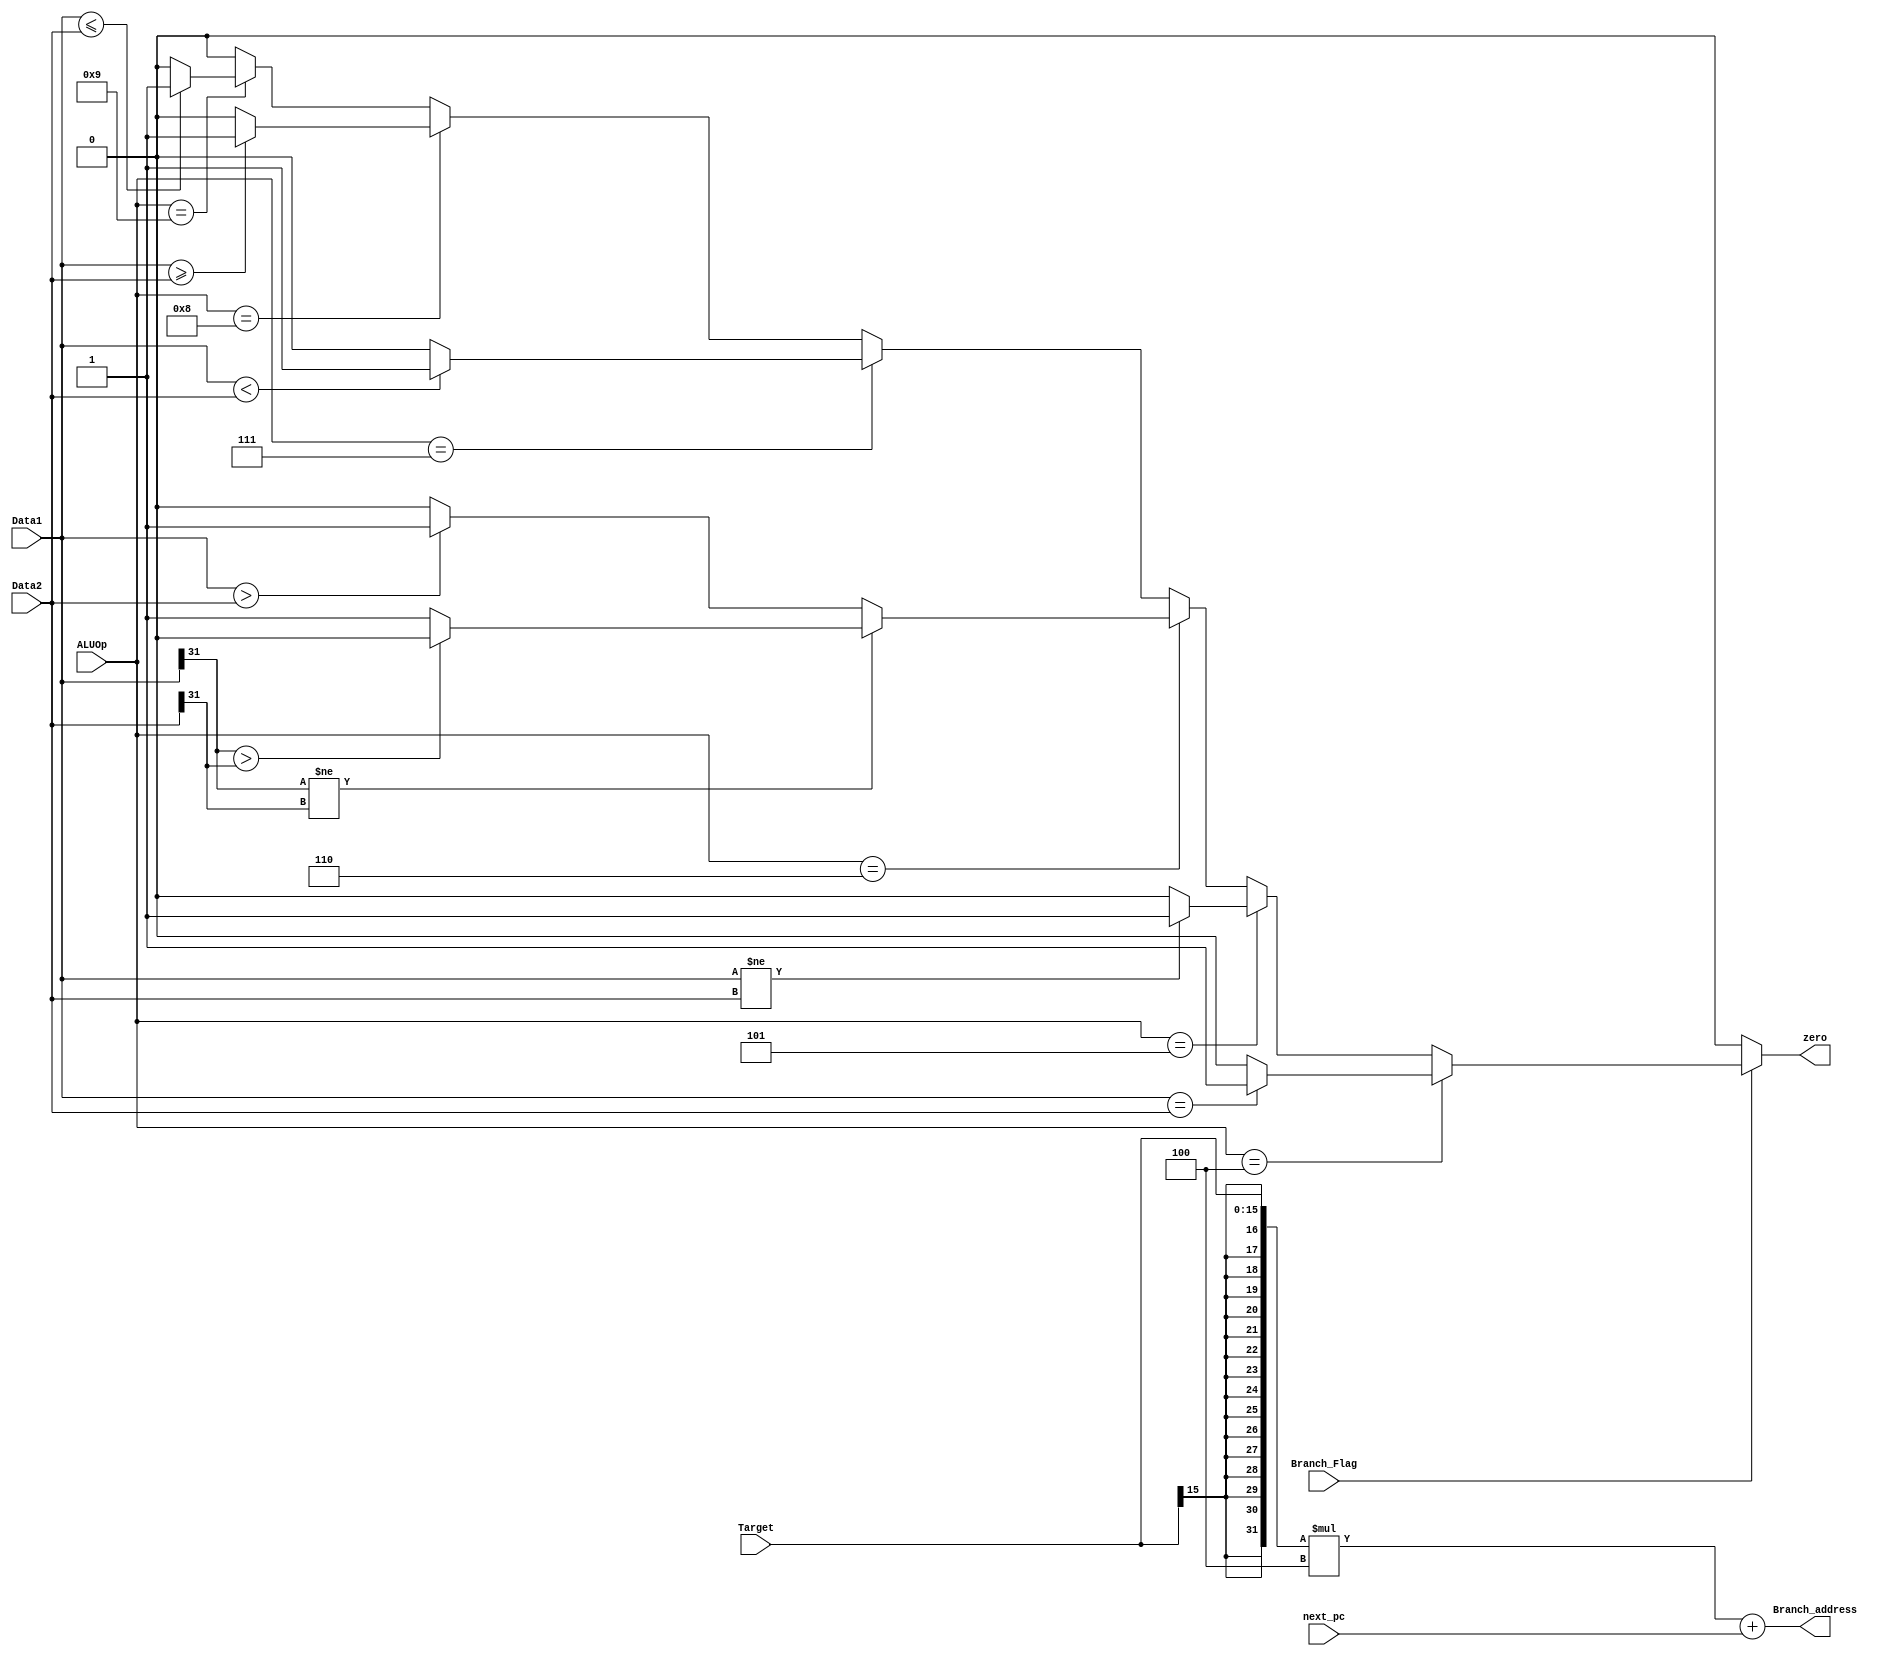
module Branch(
input Branch_Flag,
input [3:0] ALUOp,
input [31:0] Data1,
input [31:0] Data2,
input [15:0] Target,
input [31:0] next_pc,
output reg [31:0] Branch_address,
output reg zero
);
always @(*) begin

	zero = 0 ;
	Branch_address [15:0] = Target [15:0] ;
	Branch_address [31:16] = {16{Target[15]}};
	Branch_address = Branch_address * 4 ;
	Branch_address = Branch_address + next_pc;

	if(Branch_Flag) begin

		if(ALUOp == 4'b0100)begin // beq
		
				if (Data1 == Data2)begin
					zero = 1 ;
				end
				
			 end
			 
			 else if(ALUOp == 4'b0101)begin // bne
				
				if (Data1 != Data2)begin
					zero = 1 ;
				end
				
			 end
			 
			 else if(ALUOp == 4'b0110)begin // bgt
			 
			 
			 if (Data1[31] != Data2[31]) begin // Signs are different
        zero <= (Data1[31] > Data2[31]) ? 1'b0 : 1'b1; // Compare signs
    end
    else begin // Signs are the same
        if (Data1[31] == 1'b1 && Data2[31] == 1'b1) begin
            zero <= (Data1 > Data2) ? 1'b1 : 1'b0; // Compare magnitudes (treat as unsigned)
        end
        else begin
            zero <= (Data1 > Data2) ? 1'b1 : 1'b0; // Compare magnitudes (treat as unsigned)
        end
    end
end
			 
			 
			 
			 
			 
			 
//				if (Data1 > Data2)begin
//					zero = 1 ;
//				end
				
			 
			 else if(ALUOp == 4'b0111)begin // blt
			 
				if (Data1 < Data2)begin
					zero = 1 ;
				end
			 end
			 
			 else if(ALUOp == 4'b1000)begin // bge
			 
				if (Data1 >= Data2)begin
					zero = 1 ;
				end
				end
			 
			 else if(ALUOp == 4'b1001)begin // ble
			 
				if (Data1 <= Data2)begin
					zero = 1 ;
				end
			 end
			 
		end
	
	end



endmodule